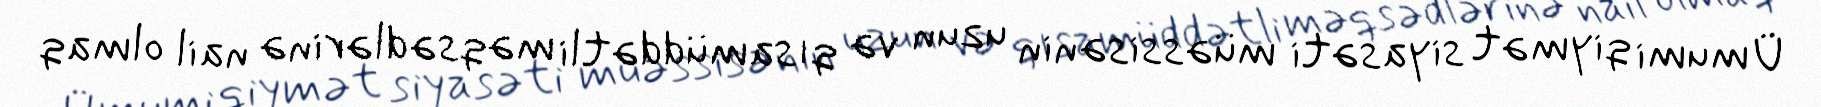
Ümumi qiymət siyasəti müəssisənin uzun və qısamüddətli məqsədlərinə nail olmaq